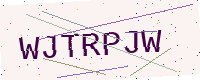
Text: WJTRPJW